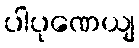
ပါပုဏေယျ